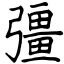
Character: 彊